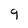
Character: 9